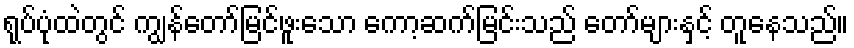
ရုပ်ပုံထဲတွင် ကျွန်တော်မြင်ဖူးသော ကော့ဆက်မြင်းသည် တော်များနှင့် တူနေသည်။